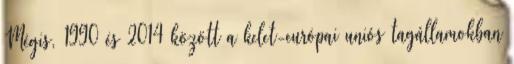
Mégis, 1990 és 2014 között a kelet-európai uniós tagállamokban